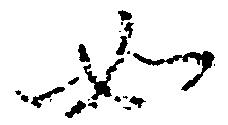
如